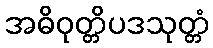
အဓိဝုတ္တိပဒသုတ္တံ